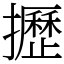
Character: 攊